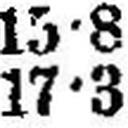
17•3